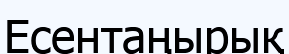
Есентаңырық